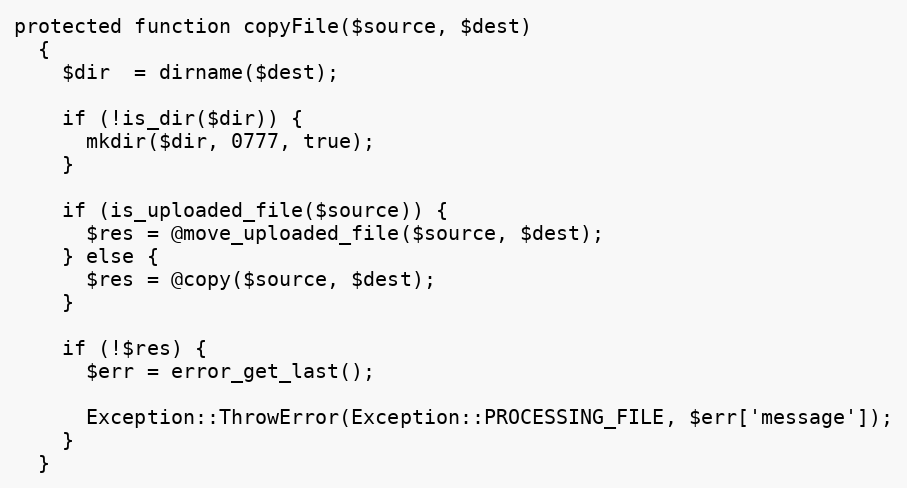
Language: PHP
protected function copyFile($source, $dest)
  {
    $dir  = dirname($dest);

    if (!is_dir($dir)) {
      mkdir($dir, 0777, true);
    }

    if (is_uploaded_file($source)) {
      $res = @move_uploaded_file($source, $dest);
    } else {
      $res = @copy($source, $dest);
    }

    if (!$res) {
      $err = error_get_last();

      Exception::ThrowError(Exception::PROCESSING_FILE, $err['message']);
    }
  }